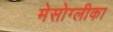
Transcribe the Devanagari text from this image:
मेसोग्लीका